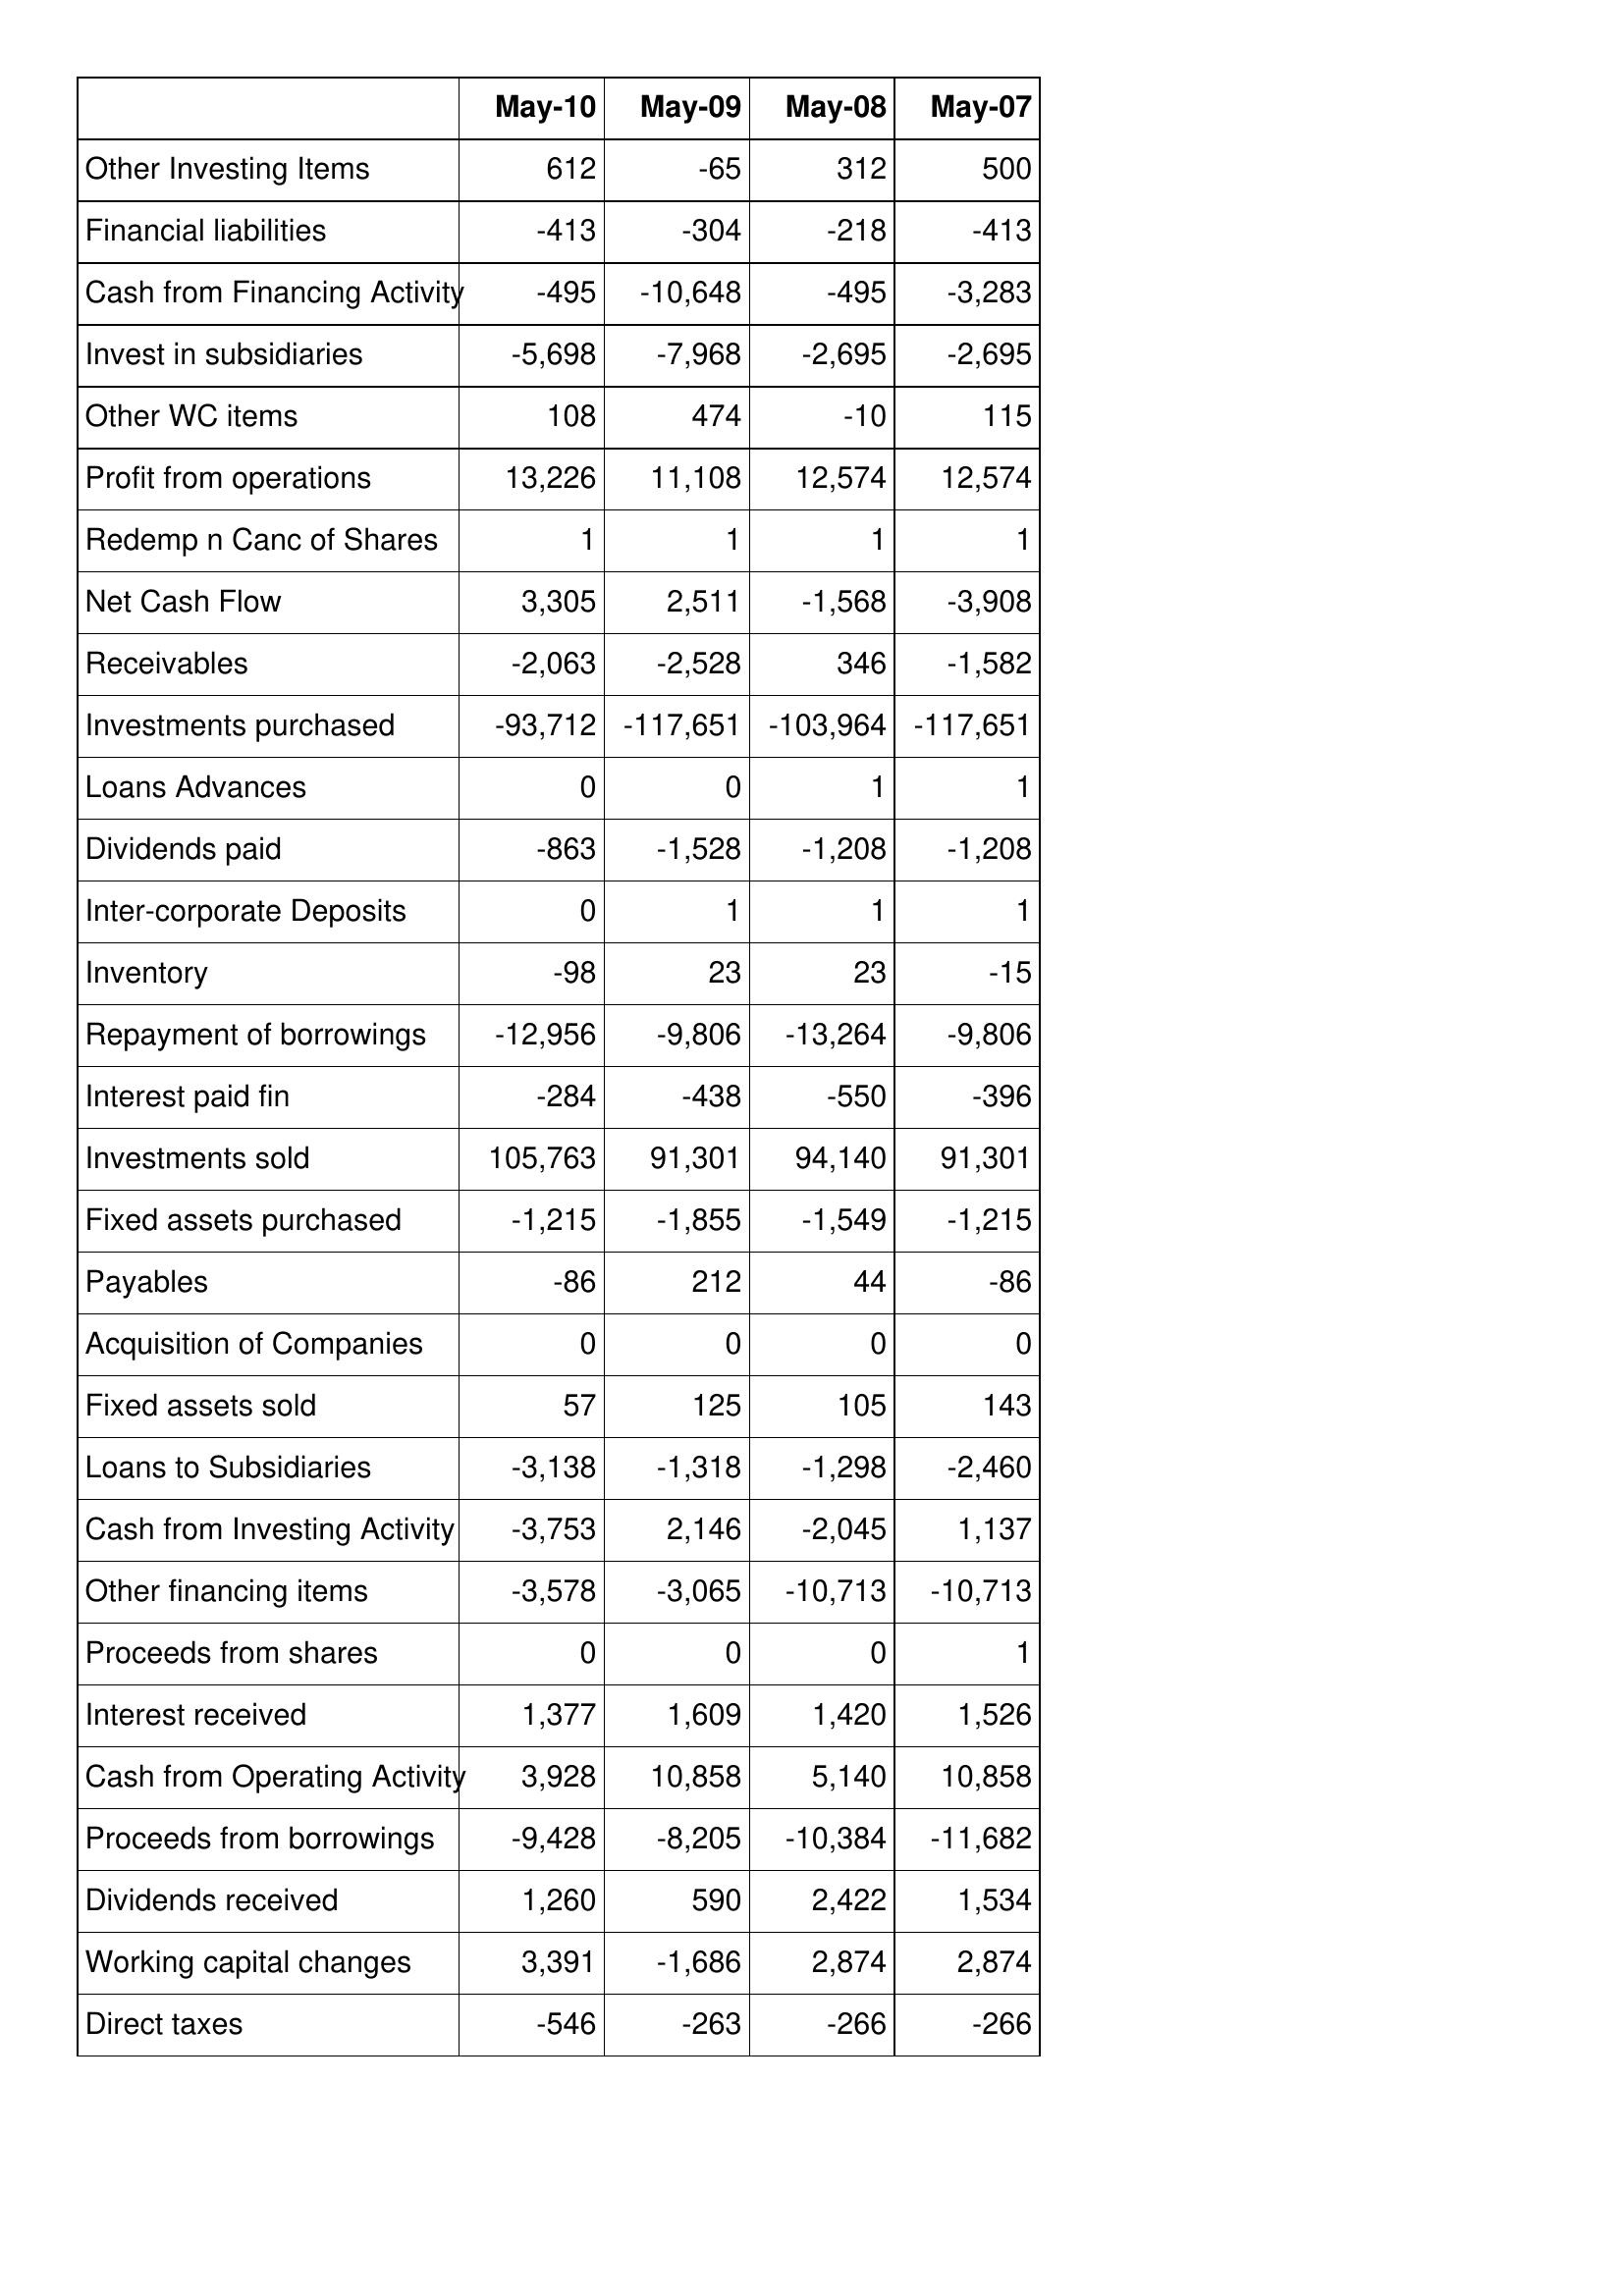
May-10: Cash Flows: Other Investing Items: 612
Financial liabilities: -413
Cash from Financing Activity: -495
Invest in subsidiaries: -5,698
Other WC items: 108
Profit from operations: 13,226
Redemp n Canc of Shares: 1
Net Cash Flow: 3,305
Receivables: -2,063
Investments purchased: -93,712
Loans Advances: 0
Dividends paid: -863
Inter-corporate Deposits: 0
Inventory: -98
Repayment of borrowings: -12,956
Interest paid fin: -284
Investments sold: 105,763
Fixed assets purchased: -1,215
Payables: -86
Acquisition of Companies: 0
Fixed assets sold: 57
Loans to Subsidiaries: -3,138
Cash from Investing Activity: -3,753
Other financing items: -3,578
Proceeds from shares: 0
Interest received: 1,377
Cash from Operating Activity: 3,928
Proceeds from borrowings: -9,428
Dividends received: 1,260
Working capital changes: 3,391
Direct taxes: -546
May-09: Cash Flows: Other Investing Items: -65
Financial liabilities: -304
Cash from Financing Activity: -10,648
Invest in subsidiaries: -7,968
Other WC items: 474
Profit from operations: 11,108
Redemp n Canc of Shares: 1
Net Cash Flow: 2,511
Receivables: -2,528
Investments purchased: -117,651
Loans Advances: 0
Dividends paid: -1,528
Inter-corporate Deposits: 1
Inventory: 23
Repayment of borrowings: -9,806
Interest paid fin: -438
Investments sold: 91,301
Fixed assets purchased: -1,855
Payables: 212
Acquisition of Companies: 0
Fixed assets sold: 125
Loans to Subsidiaries: -1,318
Cash from Investing Activity: 2,146
Other financing items: -3,065
Proceeds from shares: 0
Interest received: 1,609
Cash from Operating Activity: 10,858
Proceeds from borrowings: -8,205
Dividends received: 590
Working capital changes: -1,686
Direct taxes: -263
May-08: Cash Flows: Other Investing Items: 312
Financial liabilities: -218
Cash from Financing Activity: -495
Invest in subsidiaries: -2,695
Other WC items: -10
Profit from operations: 12,574
Redemp n Canc of Shares: 1
Net Cash Flow: -1,568
Receivables: 346
Investments purchased: -103,964
Loans Advances: 1
Dividends paid: -1,208
Inter-corporate Deposits: 1
Inventory: 23
Repayment of borrowings: -13,264
Interest paid fin: -550
Investments sold: 94,140
Fixed assets purchased: -1,549
Payables: 44
Acquisition of Companies: 0
Fixed assets sold: 105
Loans to Subsidiaries: -1,298
Cash from Investing Activity: -2,045
Other financing items: -10,713
Proceeds from shares: 0
Interest received: 1,420
Cash from Operating Activity: 5,140
Proceeds from borrowings: -10,384
Dividends received: 2,422
Working capital changes: 2,874
Direct taxes: -266
May-07: Cash Flows: Other Investing Items: 500
Financial liabilities: -413
Cash from Financing Activity: -3,283
Invest in subsidiaries: -2,695
Other WC items: 115
Profit from operations: 12,574
Redemp n Canc of Shares: 1
Net Cash Flow: -3,908
Receivables: -1,582
Investments purchased: -117,651
Loans Advances: 1
Dividends paid: -1,208
Inter-corporate Deposits: 1
Inventory: -15
Repayment of borrowings: -9,806
Interest paid fin: -396
Investments sold: 91,301
Fixed assets purchased: -1,215
Payables: -86
Acquisition of Companies: 0
Fixed assets sold: 143
Loans to Subsidiaries: -2,460
Cash from Investing Activity: 1,137
Other financing items: -10,713
Proceeds from shares: 1
Interest received: 1,526
Cash from Operating Activity: 10,858
Proceeds from borrowings: -11,682
Dividends received: 1,534
Working capital changes: 2,874
Direct taxes: -266